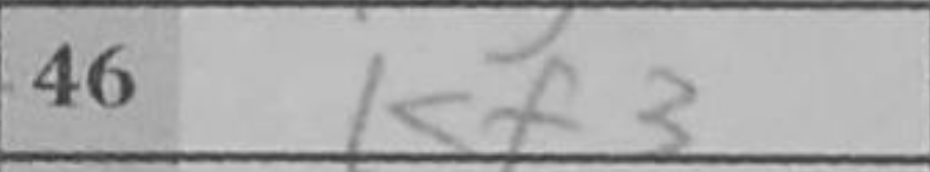
Transcription: Kf3